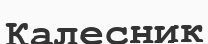
Калесник